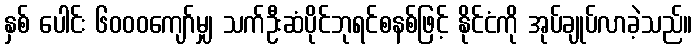
နှစ် ပေါင်း ၆၀၀၀ကျော်မျှ သက်ဦးဆံပိုင်ဘုရင်စနစ်ဖြင့် နိုင်ငံကို အုပ်ချုပ်လာခဲ့သည်။